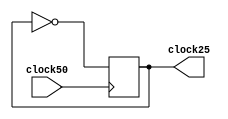
module GPUVGAClock(clock50, clock25);
	input clock50;
	output reg clock25;
	
	initial begin
		clock25 <= 0;
	end
	
	always @(posedge clock50) begin
		clock25 <= ~clock25;
	end
endmodule